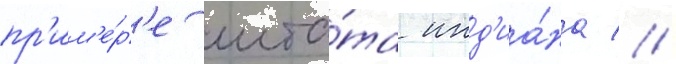
пр'им'е́р'е шта́та инд'иа́на //